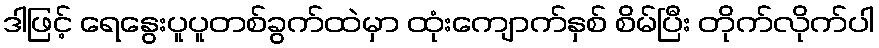
ဒါဖြင့် ရေနွေးပူပူတစ်ခွက်ထဲမှာ ထုံးကျောက်နှစ် စိမ်ပြီး တိုက်လိုက်ပါ